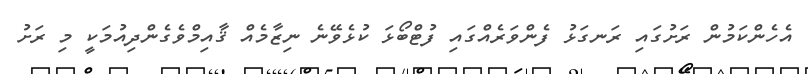
އެހެންކަމުން ރަށުގައި ރަނގަޅު ފެންވަރެއްގައި ފުޓްބޯޅަ ކުޅެވޭނެ ނިޒާމެއް ޤާއިމްވެގެންދިއުމަކީ މި ރަށު